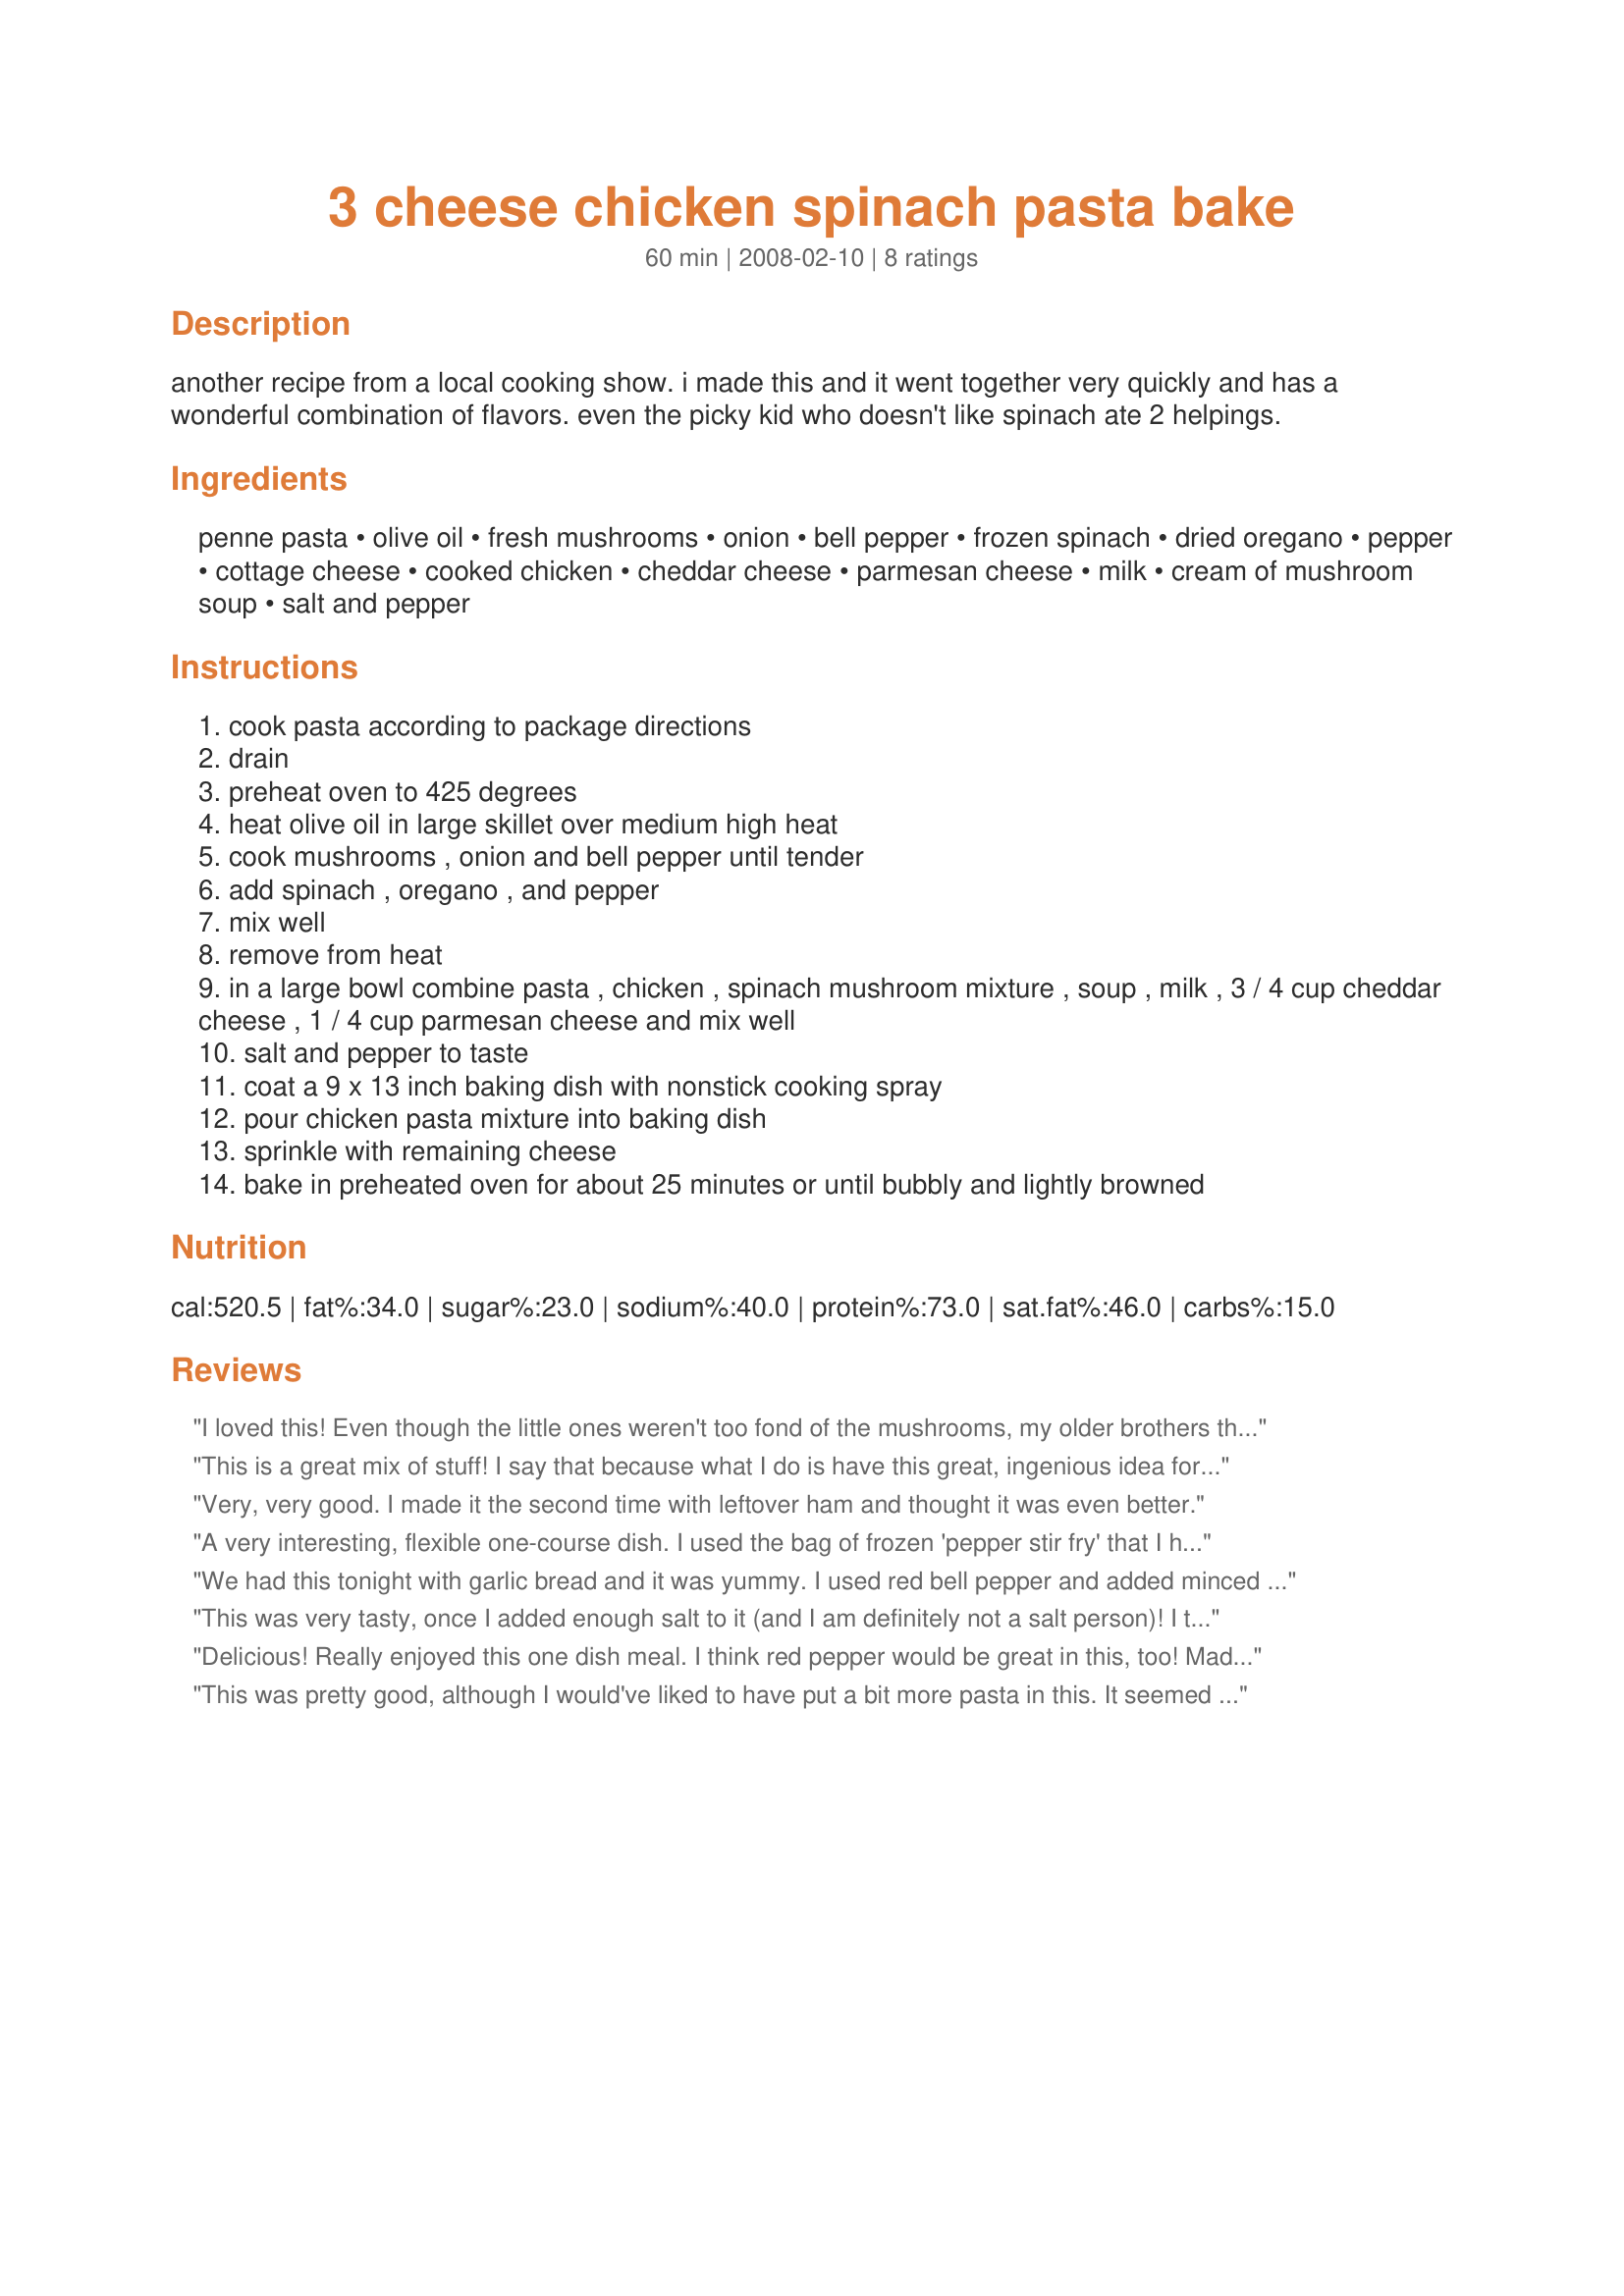
3 cheese chicken spinach pasta bake
Preparation time: 60 minutes

another recipe from a local cooking show. i made this and it went together very quickly and has a wonderful combination of flavors.
even the picky kid who doesn't like spinach ate 2 helpings.

Ingredients:
penne pasta, olive oil, fresh mushrooms, onion, bell pepper, frozen spinach, dried oregano, pepper, cottage cheese, cooked chicken, cheddar cheese, parmesan cheese, milk, cream of mushroom soup, salt and pepper

Steps:
cook pasta according to package directions
drain
preheat oven to 425 degrees
heat olive oil in large skillet over medium high heat
cook mushrooms , onion and bell pepper until tender
add spinach , oregano , and pepper
mix well
remove from heat
in a large bowl combine pasta , chicken , spinach mushroom mixture , soup , milk , 3 / 4 cup cheddar cheese , 1 / 4 cup parmesan cheese and mix well
salt and pepper to taste
coat a 9 x 13 inch baking dish with nonstick cooking spray
pour chicken pasta mixture into baking dish
sprinkle with remaining cheese
bake in preheated oven for about 25 minutes or until bubbly and lightly browned

Reviews:
I loved this! Even though the little ones weren't too fond of the mushrooms, my older brothers thought it was amazing. Thank you for sharing this recipe, I will definitely be using it again!
This is a great mix of stuff! I say that because what I do is have this great, ingenious idea for dinner one night, so I take some frozen spinach and grated cheese out to thaw - then plans change, and we end up going out. The next night, I forgot all about the spinach/cheese idea, and I take chicken breasts out to thaw - Oh! there's the spinach in the fridge - along with some mushrooms that I keep meaning to put in something...anything (my husband isn't really crazy about mushrooms, so I kinda have to hide 'em most of the time). So, here is my chance to use it all in one swoop! I gave it 4 stars because I did some stuff different: I didn't have bell pepper, and I subbed mozzarella cheese for the cheddar. I used 1 regular-size (not Costco-size, though we did get them there in a 3-pack) jar Classico tomato/basil spaghetti sauce for the milk and soup. I also added 1 Tbsp. minced garlic to the saute pan with the onions and mushrooms and a shake or 2 of nutmeg to the cottage cheese mixture. Oh! For the pasta, I used frozen cheese tortellini too. I layered sauce, tortellini, cottage cheese mixture, sauce, and remaining cheese. It was super good, thanks!
Very, very good. I made it the second time with leftover ham and thought it was even better.
A very interesting, flexible one-course dish. I used the bag of frozen 'pepper stir fry' that I had on hand, some cubed and fried chicken breast, and used mashed tofu instead of the cottage cheese (all that I had on hand). It did come together rather easily, although I somehow forgot to add in the cream of mushroom soup (oops!). The colors were brilliant (due to the red and yellow peppers, the colors of the cheese, and the spinach) and the taste, even without the soup, was plenty for my adult taste buds (if serving kids, though, I would probably use the soup). I definately had to add garlic, though, and next time, to add a little sophistication to the dish, I may add some sun dried tomatoes, maybe some pine nuts or roasted bell peppers instead of the fresh peppers. You could easily add a can of diced tomatos as well, or substitute the can of mushroom soup for some tomato puree. Thanks for sharing, I can't wait to play with this one some more!
We had this tonight with garlic bread and it was yummy. I used red bell pepper and added minced garlic to the veggies. This will definitely be a repeat recipe here.
This was very tasty, once I added enough salt to it (and I am definitely not a salt person)! I think the combo of pasta and spinach just soaked up the salt. Be sure to taste test before baking. I also used ricotta cheese instead of cottage, and I added garlic powder seasoning as well. I used half the amount of mushrooms, and it still turned out great. I used 1.5 lbs of chicken, cooked in my crockpot for 3 hrs on high (shred directly in crock pot - super easy). Will definitely make again!
Delicious! Really enjoyed this one dish meal. I think red pepper would be great in this, too! Made for Football Pool 2011. Pamela
This was pretty good, although I would've liked to have put a bit more pasta in this. It seemed like the dish mostly consisted of vegetables and cheese with a few stray pasta pieces floating around within the mixture. Also, as I was eating it I felt like topping the dish with warm marinara sauce would've brought the flavors to a whole new level. Thanks for posting this!
